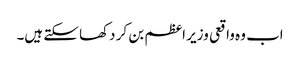
اب وہ واقعی وزیر اعظم بن کر دکھا سکتے ہیں۔